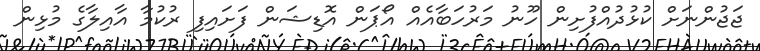
ޖަޖުންނަށް ކުޅުދުއްފުށިން ހޫނު މަރުހަބާއެއް އޯޕަން އޮޑިޝަން ފަށައިފި ރުކުމާ އާއިލާގެ މުޅިން